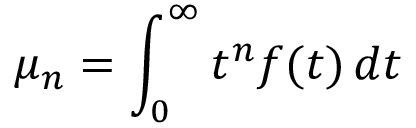
\mu _ { n } = \int _ { 0 } ^ { \infty } t ^ { n } f ( t ) \, d t